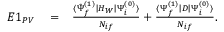
\begin{array} { r l r } { E 1 _ { P V } } & { { } = } & { \frac { \langle \tilde { \Psi } _ { f } ^ { ( 1 ) } | H _ { W } | \Psi _ { i } ^ { ( 0 ) } \rangle } { { \cal N } _ { i f } } + \frac { \langle \Psi _ { f } ^ { ( 1 ) } | D | \Psi _ { i } ^ { ( 0 ) } \rangle } { { \cal N } _ { i f } } . } \end{array}